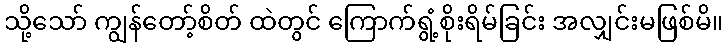
သို့သော် ကျွန်တော့်စိတ် ထဲတွင် ကြောက်ရွံ့စိုးရိမ်ခြင်း အလျှင်းမဖြစ်မိ။